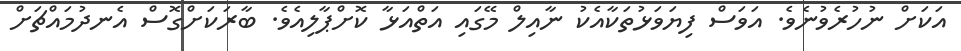
އަކަށް ނުހުރެވުނެވެ. އަވަސް ފިޔަވަޅުތަކާއެކު ނާއިލް މޭގައި އަތްއަޅާ ކޮށްޕާލިއެވެ. ބާރަކަށްގޮސް އެނދުމައްޗަށް